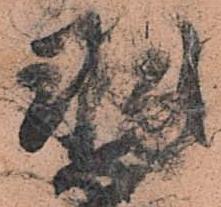
羽